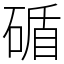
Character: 碷